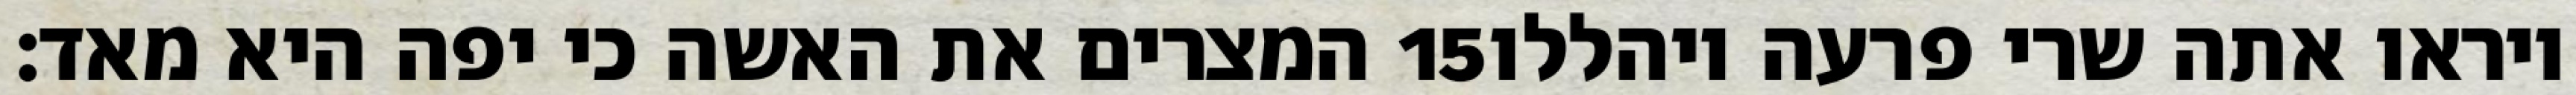
המצרים את האשה כי יפה היא מאד׃ ‎15‏ ויראו אתה שרי פרעה ויהללו